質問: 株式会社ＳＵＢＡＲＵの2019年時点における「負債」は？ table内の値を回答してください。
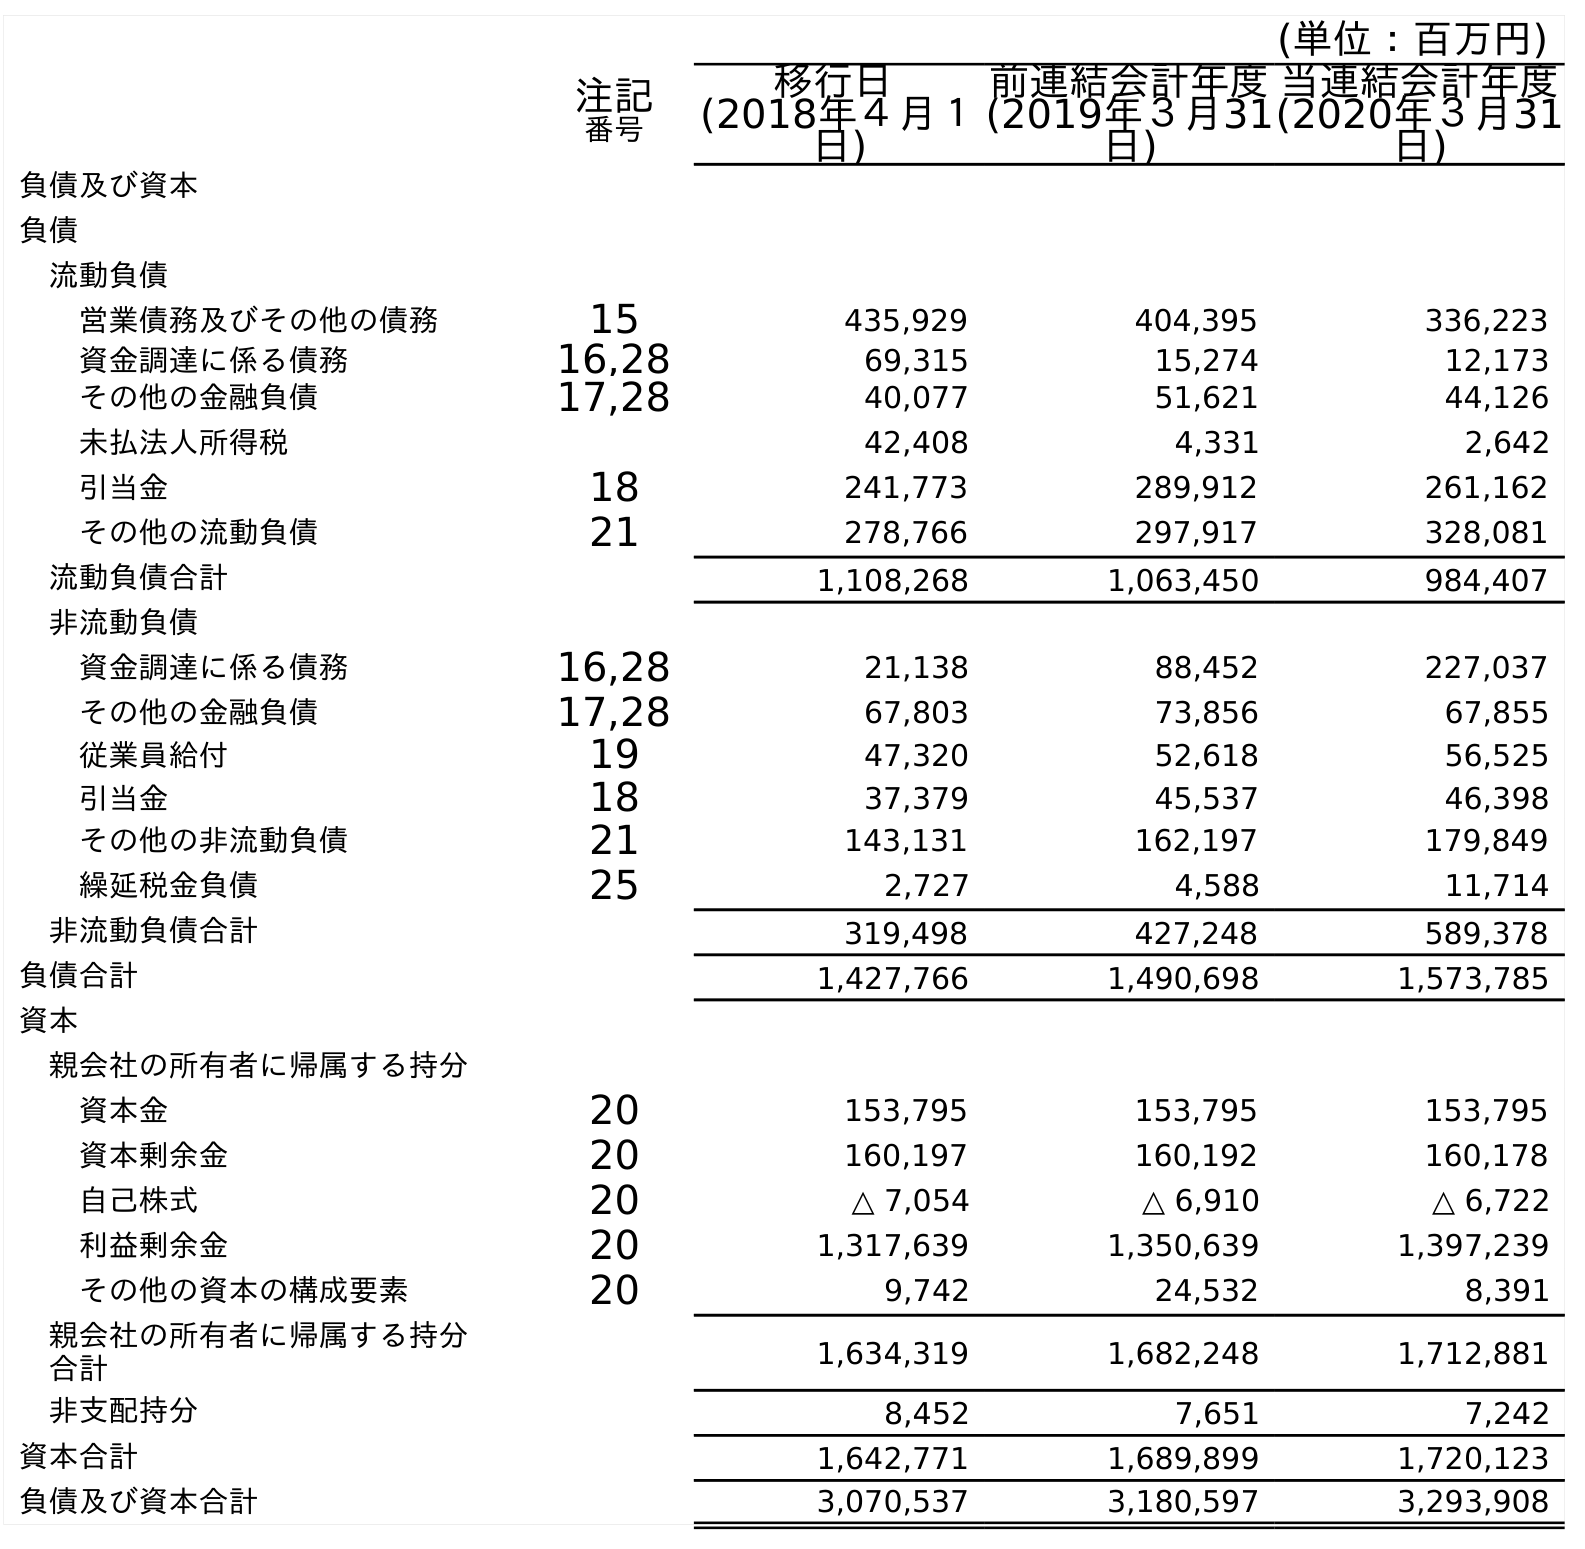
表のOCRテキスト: (単位：百万円) 注記 番号 移行日 (2018年４月１ 日) 前連結会計年度 (2019年３月31 日) 当連結会計年度 (2020年３月31 日) 負債及び資本 負債 流動負債 営業債務及びその他の債務 15 435,929 404,395 336,223 資金調達に係る債務 16,28 69,315 15,274 12,173 その他の金融負債 17,28 40,077 51,621 44,126 未払法人所得税 42,408 4,331 2,642 引当金 18 241,773 289,912 261,162 その他の流動負債 21 278,766 297,917 328,081 流動負債合計 1,108,268 1,063,450 984,407 非流動負債 資金調達に係る債務 16,28 21,138 88,452 227,037 その他の金融負債 17,28 67,803 73,856 67,855 従業員給付 19 47,320 52,618 56,525 引当金 18 37,379 45,537 46,398 その他の非流動負債 21 143,131 162,197 179,849 繰延税金負債 25 2,727 4,588 11,714 非流動負債合計 319,498 427,248 589,378 負債合計 1,427,766 1,490,698 1,573,785 資本 親会社の所有者に帰属する持分 資本金 20 153,795 153,795 153,795 資本剰余金 20 160,197 160,192 160,178 自己株式 20 △ 7,054 △ 6,910 △ 6,722 利益剰余金 20 1,317,639 1,350,639 1,397,239 その他の資本の構成要素 20 9,742 24,532 8,391 親会社の所有者に帰属する持分 合計 1,634,319 1,682,248 1,712,881 非支配持分 8,452 7,651 7,242 資本合計 1,642,771 1,689,899 1,720,123 負債及び資本合計 3,070,537 3,180,597 3,293,908
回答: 1,490,698